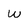
Character: w